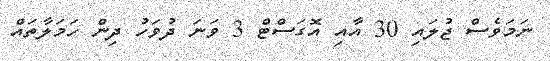
ނަމަވެސް ޖުލައި 30 އާއި އޮގަސްޓް 3 ވަނަ ދުވަހު ދިން ހަމަލާތައް